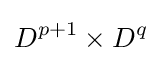
D^{p+1}\times D^{q}